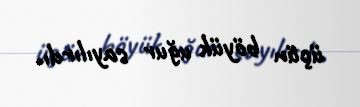
üçün böyük uğur sayılırdı.